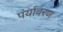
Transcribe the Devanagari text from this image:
पंर्यावरण